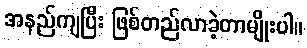
အနည်ကျပြီး ဖြစ်တည်လာခဲ့တာမျိုးပါ။